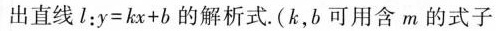
出直线l：$$y = k x + b$$的解析式.(k，b可用含m的式子